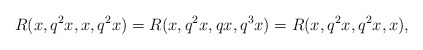
\begin{align*} R(x, q^{2}x, x, q^{2}x)=R(x, q^{2}x, qx, q^{3}x)=R(x, q^{2}x, q^{2}x, x), \end{align*}